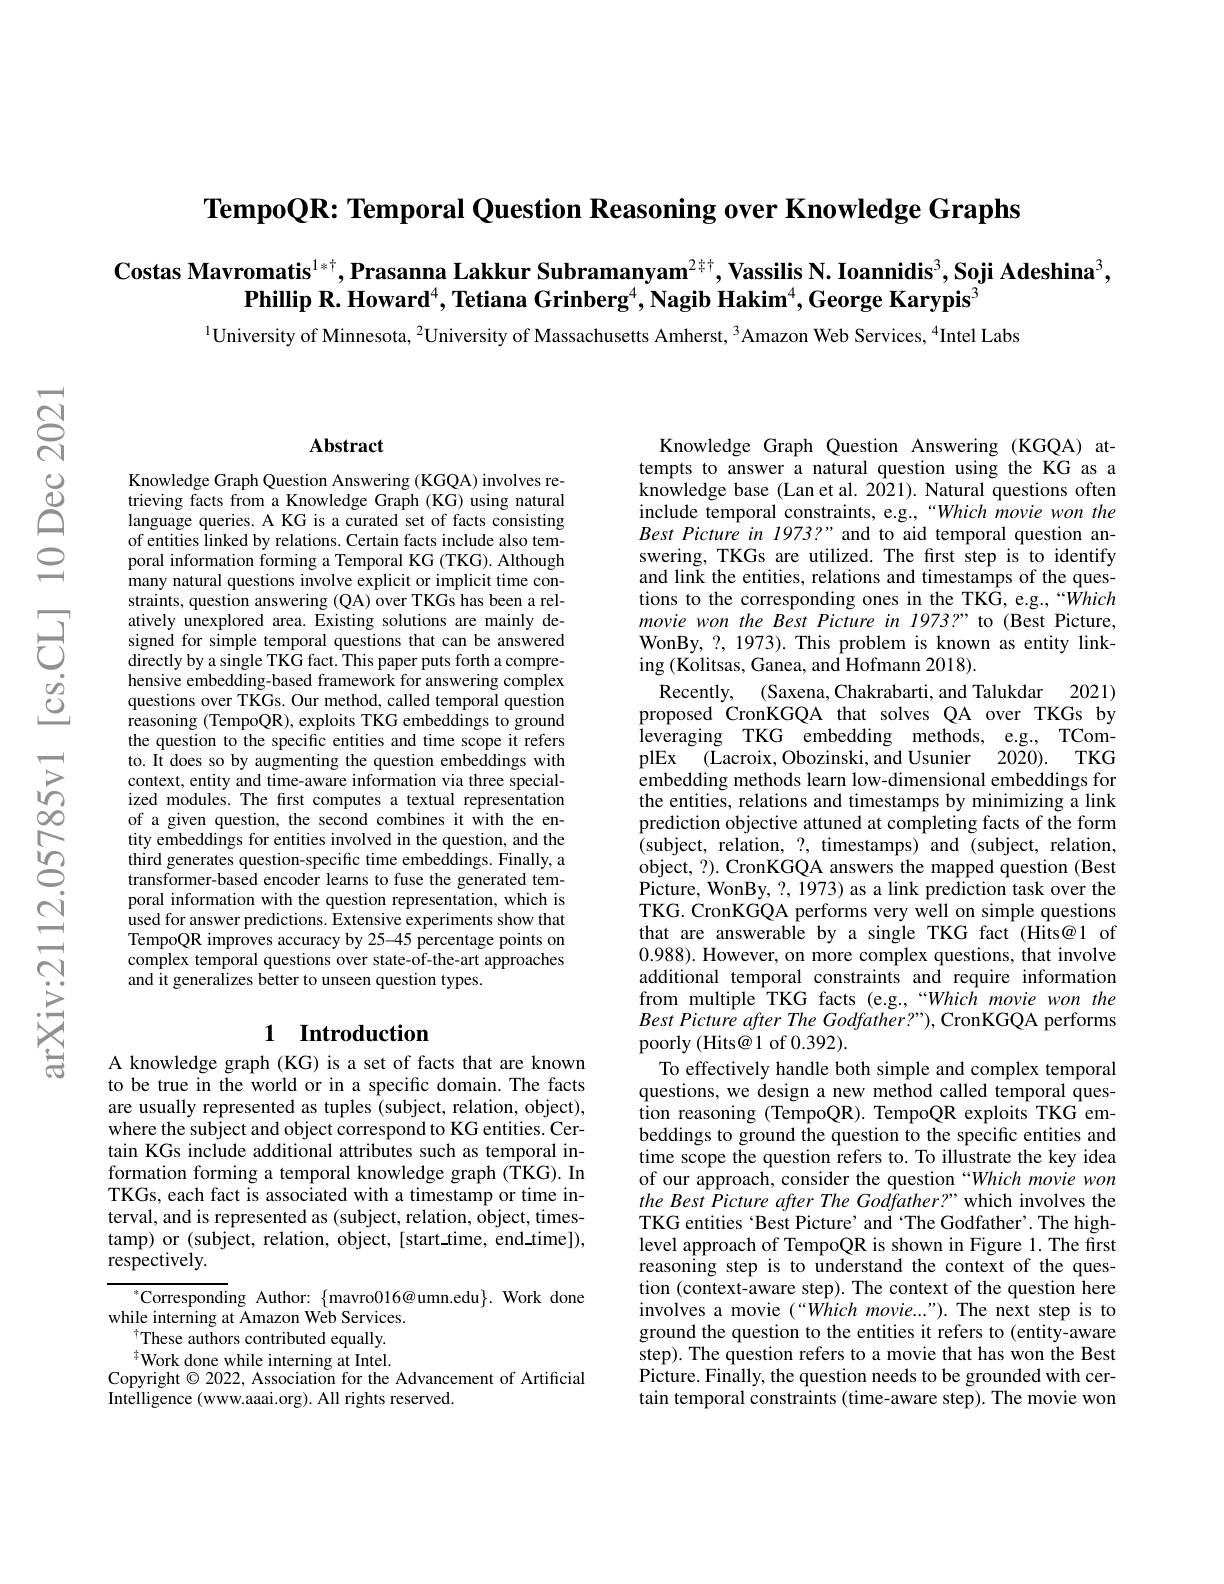
$\textbf{TempoQR: Temporal Question Reasoning over Knowledge Graphs}$

Costas Mavromatis$^{1*\dagger},\textbf{Prasanna Lakkur Subramanyam}^{2+\dagger},\textbf{Vassilis N. Ioannidis}^3,\textbf{Soji Adeshina}^3$,
Phillip R. Howard$^4,\textbf{Tetiana Grinberg}^4,\textbf{Nagib Hakim}^4,\textbf{George Karypis}^3$

$^{\text{l}}$University of Minnesota, $^{2}$University of Massachusetts Amherst, $^{3}$Amazon Web Services, $^{4}$Intel Labs

$\mathbf{Abstract}$

Knowledge Graph Question Answering (KGQA) involves retrieving facts from a Knowledge Graph (KG) using natural language queries. A KG is a curated set of facts consisting of entities linked by relations. Certain facts include also temporal information forming a Temporal KG (TKG). Although many natural questions involve explicit or implicit time constraints, question answering (QA) over TKGs has been a relatively unexplored area. Existing solutions are mainly designed for simple temporal questions that can be answered directly by a single TKG fact. This paper puts forth a comprehensive embedding-based framework for answering complex questions over TKGs. Our method, called temporal question reasoning (TempoQR), exploits TKG embeddings to ground the question to the specific entities and time scope it refers to. It does so by augmenting the question embeddings with context, entity and time-aware information via three specialized modules. The first computes a textual representation of a given question, the second combines it with the entity embeddings for entities involved in the question, and the third generates question-specific time embeddings. Finally, a transformer-based encoder learns to fuse the generated temporal information with the question representation, which is used for answer predictions. Extensive experiments show that TempoQR improves accuracy by 25-45 percentage points on complex temporal questions over state-of-the-art approaches and it generalizes better to unseen question types.

## 1 Introduction

A knowledge graph (KG) is a set of facts that are known to be true in the world or in a specific domain. The facts are usually represented as tuples (subject, relation, object), where the subject and object correspond to KG entities. Certain KGs include additional attributes such as temporal information forming a temporal knowledge graph (TKG). In TKGs, each fact is associated with a timestamp or time interval, and is represented as (subject, relation, $\hat{\text{object, times-}}$ tamp) or (subject, relation, object, [start.time, end-time]), respectively.

$^*$Corresponding Author: $\{$mavro$016@$umn.edu$\}.$ Work done
while interning at Amazon Web Services.
These authors contributed equally. $^{\dagger}$Work done while interning at Intel.
Copyright $\odot2022$, Association for the Advancement of Artificial
Intelligence (www.aaai.org). All rights reserved.

Knowledge Graph Question Answering (KGQA) attempts to answer a natural question using the KG as a knowledge base (Lan et al. 2021). Natural questions often include temporal constraints, e.g.,“Which movie won the Best Picture in 1973?" and to aid temporal question answering, TKGs are utilized. The first step is to identify and link the entities, relations and timestamps of the questions to the corresponding ones in the TKG, e.g.,“Which movie won the Best Picture in 1973?" to (Best Picture, WonBy, ?, 1973). This problem is known as entity linking (Kolitsas, Ganea, and Hofmann 2018).
Recently,
(Saxena, Chakrabarti, and Talukdar 2021)
proposed CronKGQA that solves QA over TKGs by leveraging TKG embedding methods, e.g., TComplEx (Lacroix,Obozinski,and Usunier 2020). TKG embedding methods learn low-dimensional embeddings for the entities, relations and timestamps by minimizing a link prediction objective attuned at completing facts of the form (subject, relation, ?, timestamps) and (subject, relation, object, ?). CronKGQA answers the mapped question (Best Picture, WonBy, ?, 1973) as a link prediction task over the TKG. CronKGQA performs very well on simple questions that are answerable by a single TKG fact (Hits@1 of 0.988). However, on more complex questions, that involve additional temporal constraints and require information from multiple TKG facts (e.g.,“Which movie won the $Best\textit{ Picture after The Godfather? " }) $,CronKGQA performs poorly (Hits@1 of 0.392)
To effectively handle both simple and complex temporal questions, we design a new method called temporal question reasoning (TempoQR). TempoQR exploits TKG embeddings to ground the question to the specific entities and time scope the question refers to. To illustrate the key idea of our approach, consider the question “Which movie won the Best Picture after The Godfather?" which involves the TKG entities 'Best Picture' and 'The Godfather'. The highlevel approach of TempoQR is shown in Figure 1. The first reasoning step is to understand the context of the question (context-aware step). The context of the question here involves a movie $( “ Which\textit{movie. . . " }) .$ The next step is to ground the question to the entities it refers to (entity-aware step). The question refers to a movie that has won the Best Picture. Finally, the question needs to be grounded with certain temporal constraints (time-aware step). The movie won